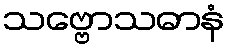
သဗ္ဗောသဓာနံ